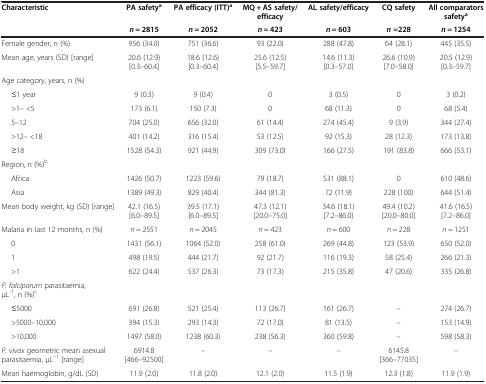
<table><thead><tr><td><b>Characteristic</b></td><td><b>PA safety<sup>a</sup></b></td><td><b>PA efficacy (ITT)<sup>a</sup></b></td><td><b>MQ + AS safety/efficacy</b></td><td><b>AL safety/efficacy</b></td><td><b>CQ safety</b></td><td><b>All comparators safety<sup>a</sup></b></td></tr><tr><td><b> </b></td><td><b><i>n</i> = 2815</b></td><td><b><i>n</i> = 2052</b></td><td><b><i>n</i> = 423</b></td><td><b><i>n</i> = 603</b></td><td><b><i>n </i>=228</b></td><td><b><i>n</i> = 1254</b></td></tr></thead><tbody><tr><td>Female gender, n (%)</td><td>956 (34.0)</td><td>751 (36.6)</td><td>93 (22.0)</td><td>288 (47.8)</td><td>64 (28.1)</td><td>445 (35.5)</td></tr><tr><td>Mean age, years (SD) [range]</td><td>20.6 (12.9) [0.3–60.4]</td><td>18.6 (12.6) [0.3–60.4]</td><td>25.6 (12.5) [5.5–59.7]</td><td>14.6 (11.3) [0.3–57.0]</td><td>26.6 (10.9) [7.0–58.0]</td><td>20.5 (12.9) [0.3–59.7]</td></tr><tr><td>Age category, years, n (%)</td><td> </td><td> </td><td> </td><td> </td><td> </td><td> </td></tr><tr><td>≤1 year</td><td>9 (0.3)</td><td>9 (0.4)</td><td>0</td><td>3 (0.5)</td><td>0</td><td>3 (0.2)</td></tr><tr><td>&gt;1– &lt;5</td><td>173 (6.1)</td><td>150 (7.3)</td><td>0</td><td>68 (11.3)</td><td>0</td><td>68 (5.4)</td></tr><tr><td>5–12</td><td>704 (25.0)</td><td>656 (32.0)</td><td>61 (14.4)</td><td>274 (45.4)</td><td>9 (3.9)</td><td>344 (27.4)</td></tr><tr><td>&gt;12– &lt;18</td><td>401 (14.2)</td><td>316 (15.4)</td><td>53 (12.5)</td><td>92 (15.3)</td><td>28 (12.3)</td><td>173 (13.8)</td></tr><tr><td>≥18</td><td>1528 (54.3)</td><td>921 (44.9)</td><td>309 (73.0)</td><td>166 (27.5)</td><td>191 (83.8)</td><td>666 (53.1)</td></tr><tr><td>Region, n (%)<sup>b</sup></td><td> </td><td> </td><td> </td><td> </td><td> </td><td> </td></tr><tr><td>Africa</td><td>1426 (50.7)</td><td>1223 (59.6)</td><td>79 (18.7)</td><td>531 (88.1)</td><td>0</td><td>610 (48.6)</td></tr><tr><td>Asia</td><td>1389 (49.3)</td><td>829 (40.4)</td><td>344 (81.3)</td><td>72 (11.9)</td><td>228 (100)</td><td>644 (51.4)</td></tr><tr><td>Mean body weight, kg (SD) [range]</td><td>42.1 (16.5) [6.0–89.5]</td><td>39.5 (17.1) [6.0–89.5]</td><td>47.3 (12.1) [20.0–75.0]</td><td>34.6 (18.1) [7.2–86.0]</td><td>49.4 (10.2) [20.0–80.0]</td><td>41.6 (16.5) [7.2–86.0]</td></tr><tr><td>Malaria in last 12 months, n (%)</td><td><i>n</i> = 2551</td><td><i>n</i> = 2045</td><td><i>n</i> = 423</td><td><i>n</i> = 600</td><td><i>n</i> = 228</td><td><i>n</i> = 1251</td></tr><tr><td>0</td><td>1431 (56.1)</td><td>1064 (52.0)</td><td>258 (61.0)</td><td>269 (44.8)</td><td>123 (53.9)</td><td>650 (52.0)</td></tr><tr><td>1</td><td>498 (19.5)</td><td>444 (21.7)</td><td>92 (21.7)</td><td>116 (19.3)</td><td>58 (25.4)</td><td>266 (21.3)</td></tr><tr><td>&gt;1</td><td>622 (24.4)</td><td>537 (26.3)</td><td>73 (17.3)</td><td>215 (35.8)</td><td>47 (20.6)</td><td>335 (26.8)</td></tr><tr><td><i>P. falciparum</i> parasitaemia, μL<sup>-1</sup>, n (%)<sup>c</sup></td><td> </td><td> </td><td> </td><td> </td><td> </td><td> </td></tr><tr><td>≤5000</td><td>691 (26.8)</td><td>521 (25.4)</td><td>113 (26.7)</td><td>161 (26.7)</td><td>–</td><td>274 (26.7)</td></tr><tr><td>&gt;5000–10,000</td><td>394 (15.3)</td><td>293 (14.3)</td><td>72 (17.0)</td><td>81 (13.5)</td><td>–</td><td>153 (14.9)</td></tr><tr><td>&gt;10,000</td><td>1497 (58.0)</td><td>1238 (60.3)</td><td>238 (56.3)</td><td>360 (59.8)</td><td>–</td><td>598 (58.3)</td></tr><tr><td><i>P. vivax</i> geometric mean asexual parasitaemia, μL<sup>–1</sup> [range]</td><td>6914.8 [466–92500]</td><td>–</td><td>–</td><td>–</td><td>6145.8 [366–77035]</td><td>–</td></tr><tr><td>Mean haemoglobin, g/dL (SD)</td><td>11.9 (2.0)</td><td>11.8 (2.0)</td><td>12.1 (2.0)</td><td>11.5 (1.9)</td><td>12.3 (1.8)</td><td>11.9 (1.9)</td></tr></tbody></table>